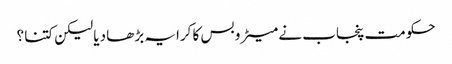
حکومت پنجاب نے میٹرو بس کا کرایہ بڑھا دیا لیکن کتنا ؟